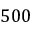
5 0 0